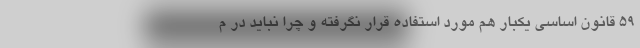
۵۹ قانون اساسی یکبار هم مورد استفاده قرار نگرفته و چرا نباید در م